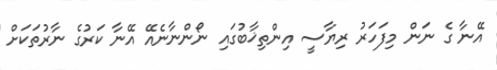
އޭނާ ގެ ނަން މިފަހަރު ރިޔާސީ އިންތިޚާބުގައި ނޯންނާނެއޭ އޭނާ ކަރުގެ ނާރުތަކަށް